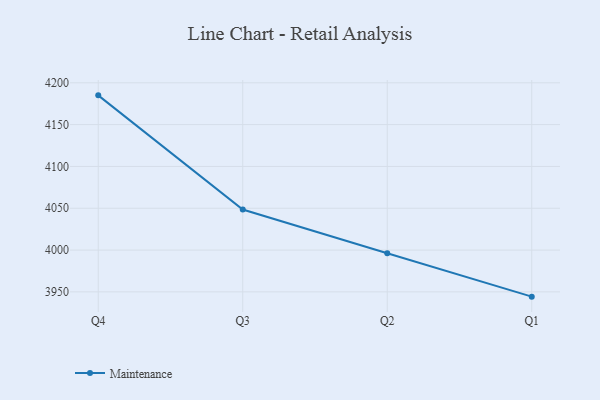
{"axis": {"x": "Quarter", "y": "Backlog"}, "legend": ["Maintenance"], "data": [{"x": "Q4", "y": 4185.0, "type": "Maintenance"}, {"x": "Q3", "y": 4048.5, "type": "Maintenance"}, {"x": "Q2", "y": 3996.2, "type": "Maintenance"}, {"x": "Q1", "y": 3944.3, "type": "Maintenance"}]}